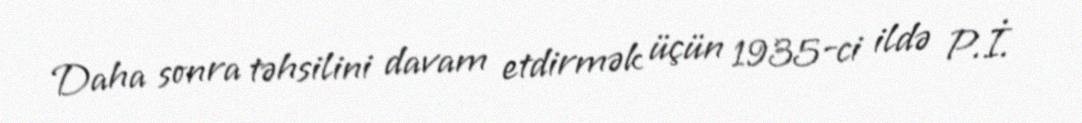
Daha sonra təhsilini davam etdirmək üçün 1935-ci ildə P.İ.